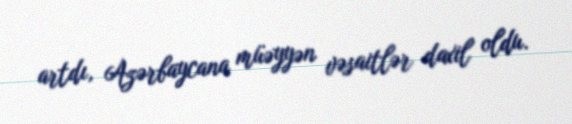
artdı, Azərbaycana müəyyən vəsaitlər daxil oldu.